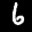
Label: 6